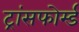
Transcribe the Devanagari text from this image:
ट्रांसफोर्म्ड